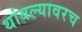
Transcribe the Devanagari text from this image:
थांबल्यावरच